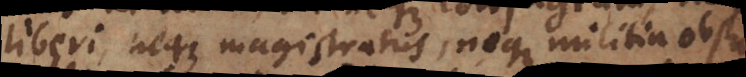
liberi, neque magistratus, neque militia obstat,